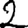
Digit: 2